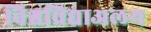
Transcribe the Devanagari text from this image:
विश्वविद्याअलय